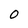
Character: O